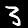
Label: 3